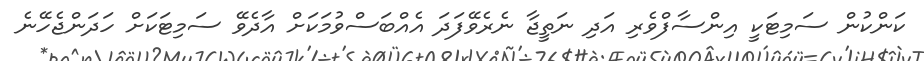
ކަންކުން ސަމިޓަކީ އިންސާފްވެރި އަދި ނަތީޖާ ނެރެވޭފަދަ އެއްބަސްވުމަކަށް އާދެވޭ ސަމިޓަކަށް ހަދަންޖެހޭނެ